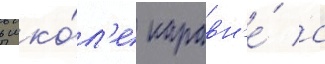
в шко́л'е наравн'е́ с